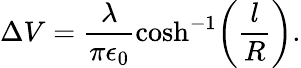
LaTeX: \Delta V=\frac{\lambda}{\pi\epsilon_{0}}\cosh^{-1}\! \left(\frac{l}{R}\right).